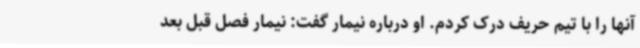
آنها را با تیم حریف درک کردم. او درباره نیمار گفت: نیمار فصل قبل بعد